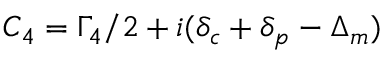
{ C _ { 4 } } = { \Gamma _ { 4 } } / 2 + i ( { \delta _ { c } } + { \delta _ { p } } - { \Delta _ { m } } )